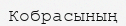
Кобрасының